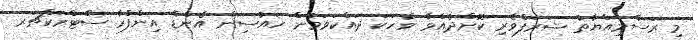
މި ރަސްމިއްޔާތު ޝަރަފްވެރި ކޮށްދެއްވާ ވާހަކަ ދައްކަވަމުން ހައުސިން އެންޑް އިންފްރާ ސްޓްރަކްޗަރ